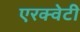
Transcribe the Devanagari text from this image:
एरक्वेटी